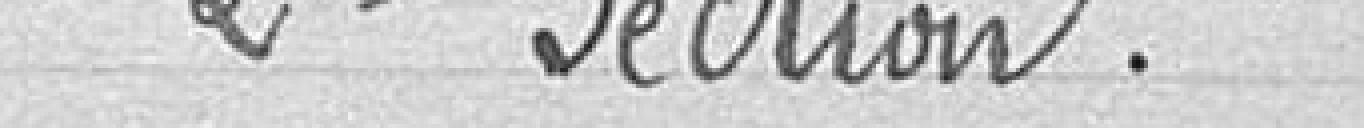
2e section.